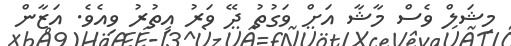
މިޝަލް ވެސް މާޝާ އަށް ވަގުތު ދޭ ވަރު އިތުރު ވިއެވެ. އަޒާން